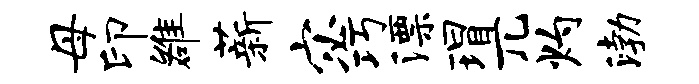
母印雒薪宓巧漂瑁兀灼渤